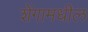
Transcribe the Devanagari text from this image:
शेंगामधील